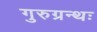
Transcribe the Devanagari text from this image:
गुरुग्रन्थः